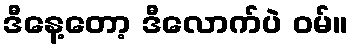
ဒီနေ့တော့ ဒီလောက်ပဲ ဝမ်။